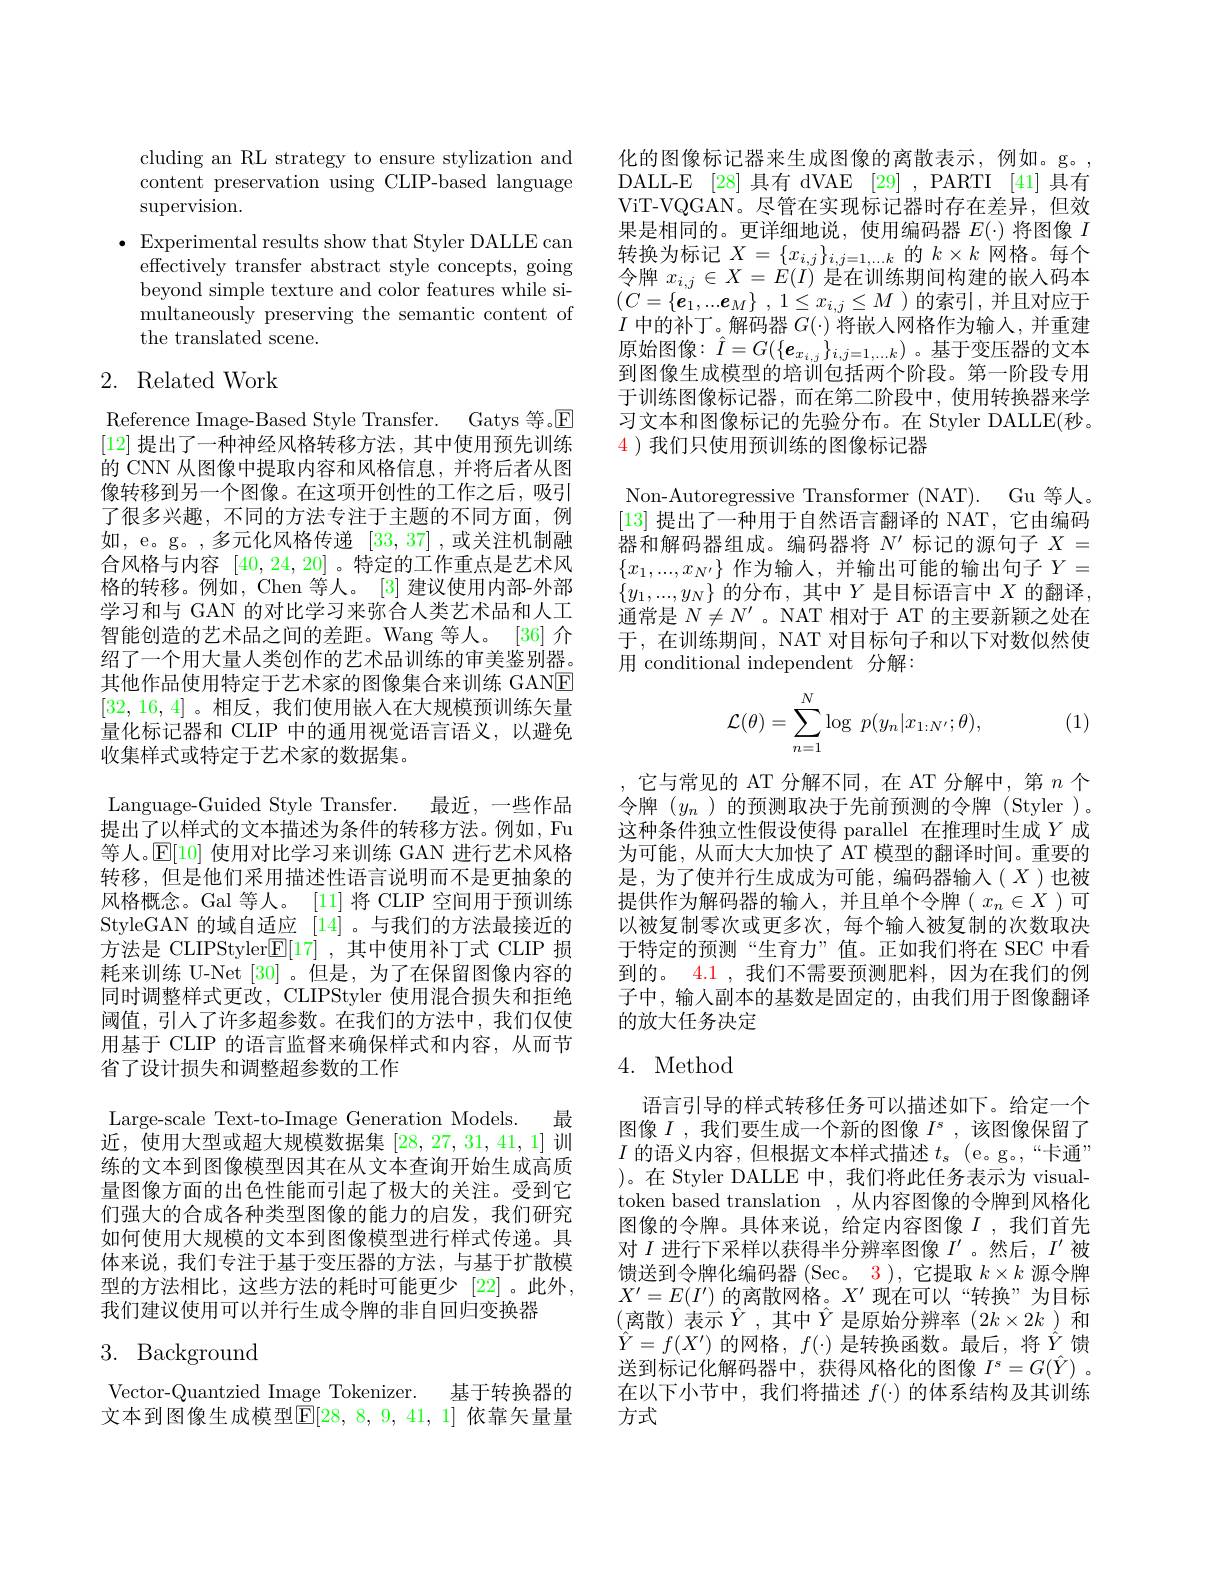
cluding an RL strategy to ensure stylization and content preservation using CLIP-based language $\operatorname{supervision}.$
$\bullet$ Experimental results show that Styler DALLE can
effectively transfer abstract style concepts, going beyond simple texture and color features while simultaneously preserving the semantic content of the translated scene.

# 2. Related Work

Reference Image-Based Style Transfer. Gatys 等。$\mathbb{E}$ [12]提出了一种神经风格转移方法，其中使用预先训练的 CNN 从图像中提取内容和风格信息，并将后者从图像转移到另一个图像。在这项开创性的工作之后，吸引了很多兴趣，不同的方法专注于主题的不同方面，例如，e。g。,多元化风格传递[33,37] ,或关注机制融合风格与内容[40,24,20] 。特定的工作重点是艺术风格的转移。例如，Chen 等人。[3] 建议使用内部-外部学习和与 GAN 的对比学习来弥合人类艺术品和人工智能创造的艺术品之间的差距。Wang 等人。[36] 介绍了一个用大量人类创作的艺术品训练的审美鉴别器。其他作品使用特定于艺术家的图像集合来训练 GANE [32,16,4]。相反，我们使用嵌入在大规模预训练矢量量化标记器和 CLIP 中的通用视觉语言语义，以避免收集样式或特定于艺术家的数据集。

Language-Guided Style Transfer. 最近，一些作品提出了以样式的文本描述为条件的转移方法。例如，Fu 等人。$\mathbb{E}[10]$使用对比学习来训练 GAN 进行艺术风格转移，但是他们采用描述性语言说明而不是更抽象的风格概念。Gal 等人。[11]将 CLIP 空间用于预训练StyleGAN 的域自适应[14] 。与我们的方法最接近的方法是 CLIPStyler$\mathbb{E}[17]$,其中使用补丁式 CLIP 损耗来训练 U-Net [30] 。但是，为了在保留图像内容的同时调整样式更改，CLIPStyler 使用混合损失和拒绝阈值，引人了许多超参数。在我们的方法中，我们仅使用基于 CLIP 的语言监督来确保样式和内容，从而节省了设计损失和调整超参数的工作
Large-scale Text-to-Image Generation Models. 最近，使用大型或超大规模数据集[28,27,31,41,1]训练的文本到图像模型因其在从文本查询开始生成高质量图像方面的出色性能而引起了极大的关注。受到它们强大的合成各种类型图像的能力的启发，我们研究如何使用大规模的文本到图像模型进行样式传递。具体来说，我们专注于基于变压器的方法，与基于扩散模型的方法相比，这些方法的耗时可能更少[22]。此外， 我们建议使用可以并行生成令牌的非自回归变换器
3. Background

Vector-Quantzied Image Tokenizer. 基于转换器的文本到图像生成模型$\mathbb{E}[28,8,9,41,1]$ 依靠矢量量

化的图像标记器来生成图像的离散表示，例如。g。, DALL-E [28] 具有 dVAE [29] , PARTI [41] 具有ViT-VQGAN。尽管在实现标记器时存在差异，但效果是相同的。更详细地说，使用编码器$E(\cdot)$将图像$I$ 转换为标记$X=\{x_i,j\}_{i,j=1,\ldots k}$的$k\times k$网格。每个令牌$x_{i,j}\in X=\dot{E}(I)$是在训练期间构建的嵌人码本$\left(C=\{\boldsymbol{e}_1,...\boldsymbol{e}_M\}\:,\:1\leq x_{i,j}\leq M\:\right)$的索引，并且对应于$I$中的补丁。解码器$G(\cdot)$将嵌人网格作为输入，并重建原始图像$:\hat{I}=G(\{\boldsymbol{e}_{x_{i,j}}\}_{i,j=1,\ldots k})$。基于变压器的文本到图像生成模型的培训包括两个阶段。第一阶段专用于训练图像标记器，而在第二阶段中，使用转换器来学习文本和图像标记的先验分布。在 Styler DALLE(秒。$\color{red}{4}$ )我们只使用预训练的图像标记器
Non-Autoregressive Transformer (NAT). Gu 等人。[13]提出了一种用于自然语言翻译的 NAT, 它由编码器和解码器组成。编码器将$N^\prime$标记的源句子$X=$ $\{x_1,...,x_{N^{\prime}}\}$作为输入，并输出可能的输出句子$Y=$ $\{y_1,...,y_N\}$的分布，其中$Y$是目标语言中$X$的翻译， 通常是$N\neq N^{\prime}$ 。NAT 相对于 AT 的主要新颖之处在于，在训练期间，NAT 对目标句子和以下对数似然使用 conditional independent 分解：
$$\begin{aligned}\mathcal{L}(\theta)=\sum_{n=1}^N\log\:p(y_n|x_{1:N'};\theta),\end{aligned}$$
(1)

它与常见的 AT 分解不同，在 AT 分解中，第$n$个令牌($y_n$)的预测取决于先前预测的令牌(Styler)。这种条件独立性假设使得 parallel 在推理时生成$Y$成为可能，从而大大加快了 AT 模型的翻译时间。重要的是，为了使并行生成成为可能，编码器输入($X$)也被提供作为解码器的输入，并且单个令牌( $x_n\in X$ )可以被复制零次或更多次，每个输入被复制的次数取决于特定的预测“生育力”值。正如我们将在 SEC 中看到的。4.1 ,我们不需要预测肥料，因为在我们的例子中，输入副本的基数是固定的，由我们用于图像翻译的放大任务决定

### 4. Method

语言引导的样式转移任务可以描述如下。给定一个图像$I$ ,我们要生成一个新的图像$I^s$ ,该图像保留了$I$的语义内容，但根据文本样式描述$t_s$ (e。g。,“卡通” )。在 Styler DALLE 中，我们将此任务表示为 visualtoken based translation , 从内容图像的令牌到风格化图像的令牌。具体来说，给定内容图像$I$ ,我们首先对$I$进行下采样以获得半分辨率图像$I^\prime$ 。然后，$I^{\prime}$被馈送到令牌化编码器 (Sec。3), 它提取$k\times k$源令牌$X^{\prime}=E(I^{\prime})$的离散网格。$X^\prime$现在可以“转换”为目标(离散)表示$\hat{Y}$,其中$\hat{Y}$是原始分辨率(2k×2k)和$\hat{Y}=f(X^{\prime})$的网格，$f(\cdot)$是转换函数。最后，将$\hat{Y}$馈送到标记化解码器中，获得风格化的图像$I^s=G(\hat{Y})$ 。在以下小节中，我们将描述$f(\cdot)$的体系结构及其训练方式